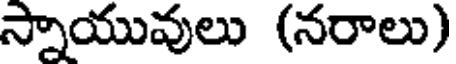
స్నాయువులు (నరాలు)